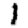
Digit: 1